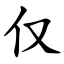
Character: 仅